Civil Veterinary Dept. North-West Frontier Province 1923-32 - 1923-1932
Year: 1923
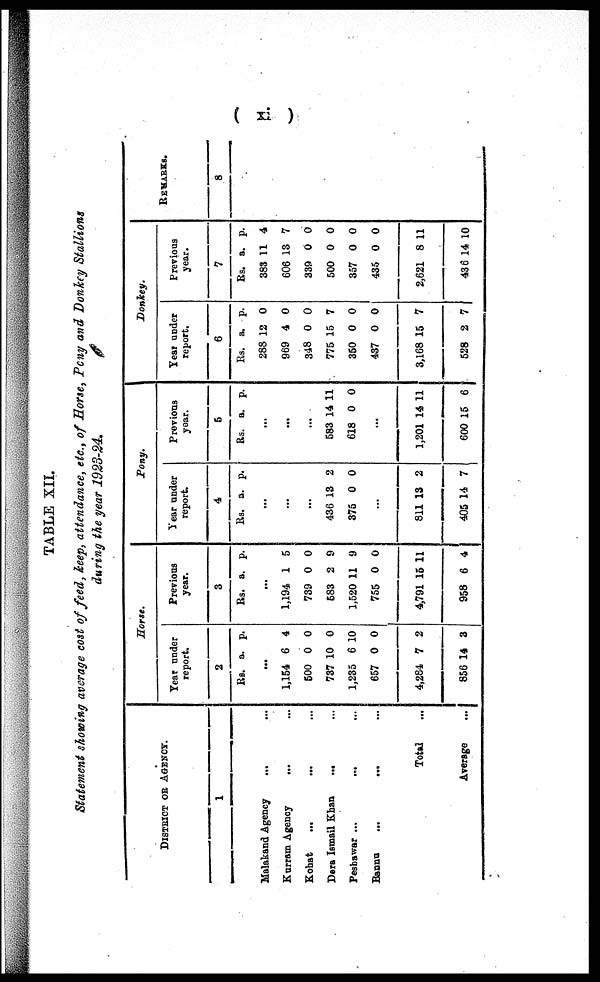
( xi )
TABLE XII.
Statement showing average cost of feed, keep, attendance, etc., of Horse, Pony and Donkey Stallions
during the year 1923-24.
DISTRICT OR AGENCY.
1
Malakand Agency ... ...
Kurram Agency ... ...
Kohat ... ... ...
Dera Ismail Khan
... ...
Peshawar ... ... ...
Bannu ... ... ...
Total ...
Average ...
Horse.
Year under
report.
2
Rs. a. p.
...
1,154
500
737
1,235
657
4,284
856
6
0
10
6
0
7
14
4
0
0
10
0
2
3
Previous
year.
3
Rs. a. p.
...
1,194
739
583
1,520
755
4,791
958
1
0
2
11
0
15
6
5
0
9
9
0
11
4
Pony.
Year under
report.
4
Rs. a. p.
...
...
...
436
375
13
0
2
0
...
811
405
13
14
2
7
Previous
year.
5
Rs. a. p.
...
...
...
583
618
14
0
11
0
...
1,201
600
14
15
11
6
Donkey.
Year under
report.
6
Rs.
288
969
348
775
350
437
3,168
528
a.
12
4
0
15
0
0
15
2
p.
0
0
0
7
0
0
7
7
Previous
year.
7
Rs.
383
606
339
500
357
435
2,621
436
a.
11
13
0
0
0
0
8
14
p.
4
7
0
0
0
0
11
10
REMARKS.
8